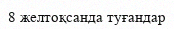
8 желтоқсанда туғандар